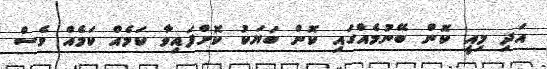
އަދި މިއީ ކޮން ބޭނުމެއްްގައި ކޮން ބަޔަކު ކޮށްފައިވާ ކަމެއް ކަމެއް ވެސް